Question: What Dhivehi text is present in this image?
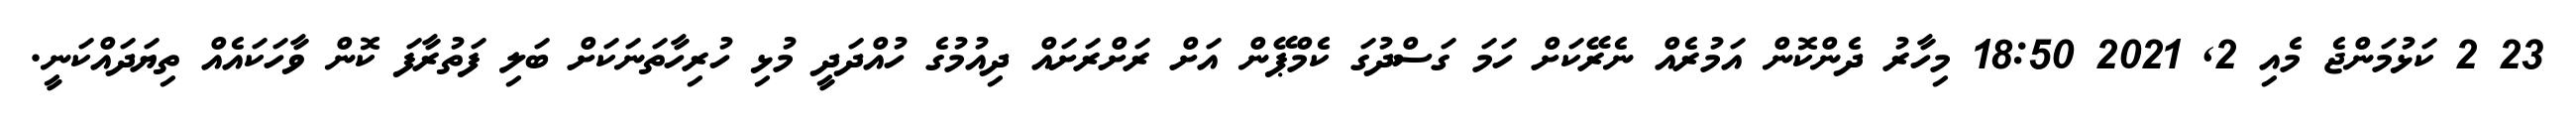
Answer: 23 2 ކަޅުމަންޖެ މެއި 2, 2021 18:50 މިހާރު ދެންކޮން އަމުރެއް ނެރޭކަށް ހަމަ ގަސްދުގަ ކެމްޕޭން އަށް ރަށްރަށައް ދިއުމުގެ ހުއްދަދީ މުޅި ހުރިހާތަނަކަށް ބަލި ފަތުރާފަ ކޮން ވާހަކައެއް ތިޔަދައްކަނީ.